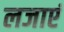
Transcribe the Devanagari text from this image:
लजाएं